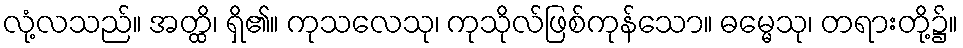
လုံ့လသည်။ အတ္ထိ၊ ရှိ၏။ ကုသလေသု၊ ကုသိုလ်ဖြစ်ကုန်သော။ ဓမ္မေသု၊ တရားတို့၌။